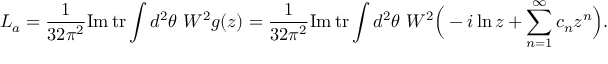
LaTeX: L _ { a } = \frac { 1 } { 3 2 \pi ^ { 2 } } \mathrm { I m } \, \mathrm { t r } \int d ^ { 2 } \theta \ W ^ { 2 } g ( z ) = \frac { 1 } { 3 2 \pi ^ { 2 } } \mathrm { I m } \, \mathrm { t r } \int d ^ { 2 } \theta \ W ^ { 2 } \Big ( - i \ln z + \sum _ { n = 1 } ^ { \infty } c _ { n } z ^ { n } \Big ) .